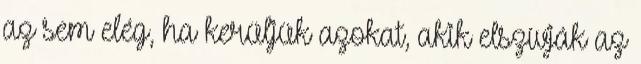
az sem elég, ha kerüljük azokat, akik elszívják az